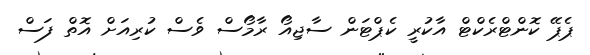
ޕެޕޭ ކޮންޓްރެކްޓް އާކުރީ ކެޕްޓަން ސާޖިއޯ ރާމޯސް ވެސް ކުރިއަށް އޮތް ފަސް